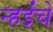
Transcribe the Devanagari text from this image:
न्हईंचे